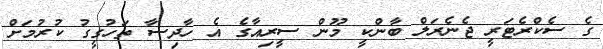
ގެ ސެކްރެޓަރީ ޖެނެރަލް ބާންކީ މޫން ސީރިއާގެ އެ ހާދިސާ ތަހުގީގު ކުރުމަށް